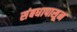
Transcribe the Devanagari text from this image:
संबधापासून